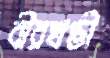
বীরখণ্ডী